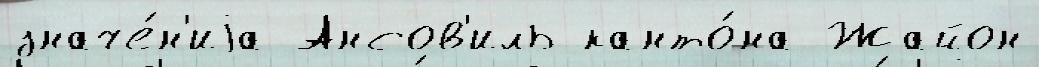
значе́н'иjа Ансов'иль канто́на Жайон